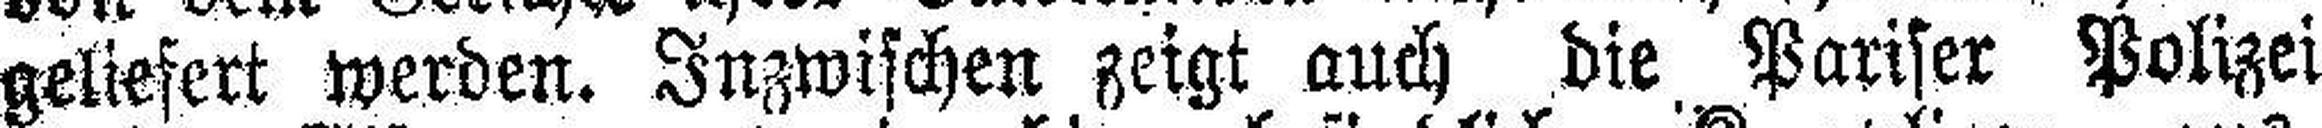
geliefert werden. Inzwischen zeigt auch die Pariser Polizei